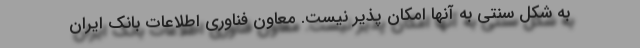
به شکل سنتی به آنها امکان پذیر نیست. معاون فناوری اطلاعات بانک ایران